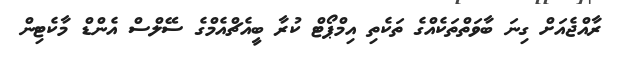
ރާއްޖެއަށް ގިނަ ބާވަތްތަކެއްގެ ތަކެތި އިމްޕޯޓް ކުރާ ބީއެޗްއެމްގެ ސޭލްސް އެންޑް މާކެޓިން